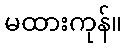
မထားကုန်။